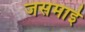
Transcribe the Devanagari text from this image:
जसमाई